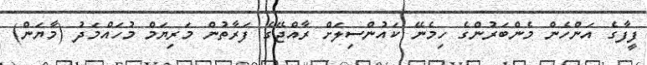
ފީފާގެ އަންހެން މެންބަރުންގެ ހިމެނޭ ކައުންސިލަށް ރާއްޖޭގެ ފަރާތުން މަރިޔަމް މުހައްމަދު (މާޔަން)